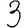
Digit: 3